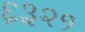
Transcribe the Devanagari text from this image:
६३२१